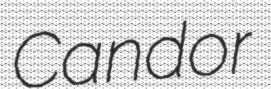
Candor